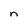
Character: n